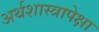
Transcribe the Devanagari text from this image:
अर्थशास्त्रापेक्षा